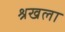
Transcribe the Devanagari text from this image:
श्रखला